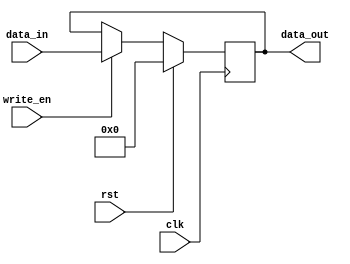
module dual_port_register (
    input wire clk,
    input wire rst,
    input wire write_en,
    input wire [7:0] data_in,
    output reg [7:0] data_out
);

reg [7:0] reg_data;

always @(posedge clk) begin
    if (rst) begin
        reg_data <= 8'h00;
    end else begin
        if (write_en) begin
            reg_data <= data_in;
        end
    end
end

assign data_out = reg_data;

endmodule